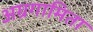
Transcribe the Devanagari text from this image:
अग्रगामिता